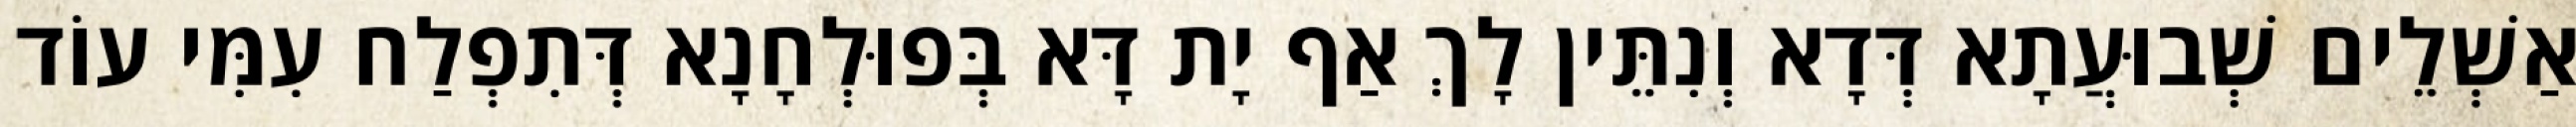
אַשְׁלֵים שְׁבוּעֲתָא דְּדָא וְנִתֵּין לָךְ אַף יָת דָּא בְּפוּלְחָנָא דְּתִפְלַח עִמִּי עוֹד